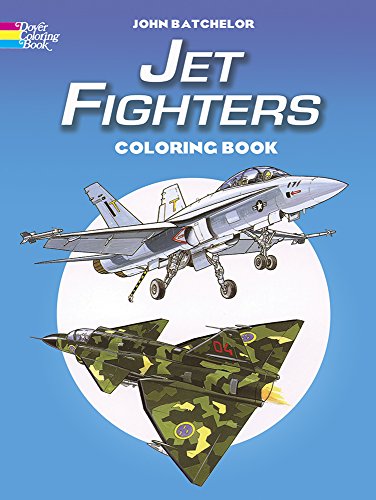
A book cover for Jet Fighters Coloring Book; John Batchelor; Children's Books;